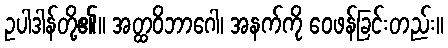
ဥပါဒါန်တို့၏။ အတ္ထဝိဘာဂေါ၊ အနက်ကို ဝေဖန်ခြင်းတည်း။